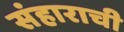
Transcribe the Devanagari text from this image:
संहाराची